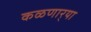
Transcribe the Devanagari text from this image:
कळणार्‍या